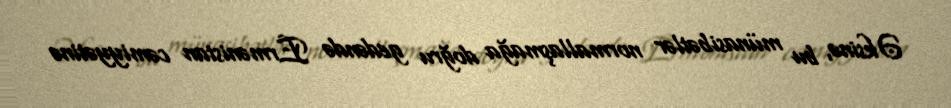
Əksinə, bu münasibətlər normallaşmağa doğru gedəndə Ermənistan cəmiyyətinə